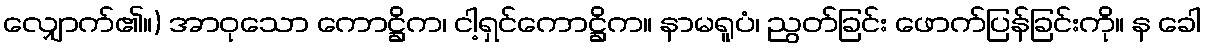
လျှောက်၏။) အာဝုသော ကောဋ္ဌိက၊ ငါ့ရှင်ကောဋ္ဌိက။ နာမရူပံ၊ ညွတ်ခြင်း ဖောက်ပြန်ခြင်းကို။ န ခေါ